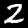
Digit: 2